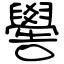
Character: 嚳